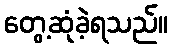
တွေ့ဆုံခဲ့ရသည်။